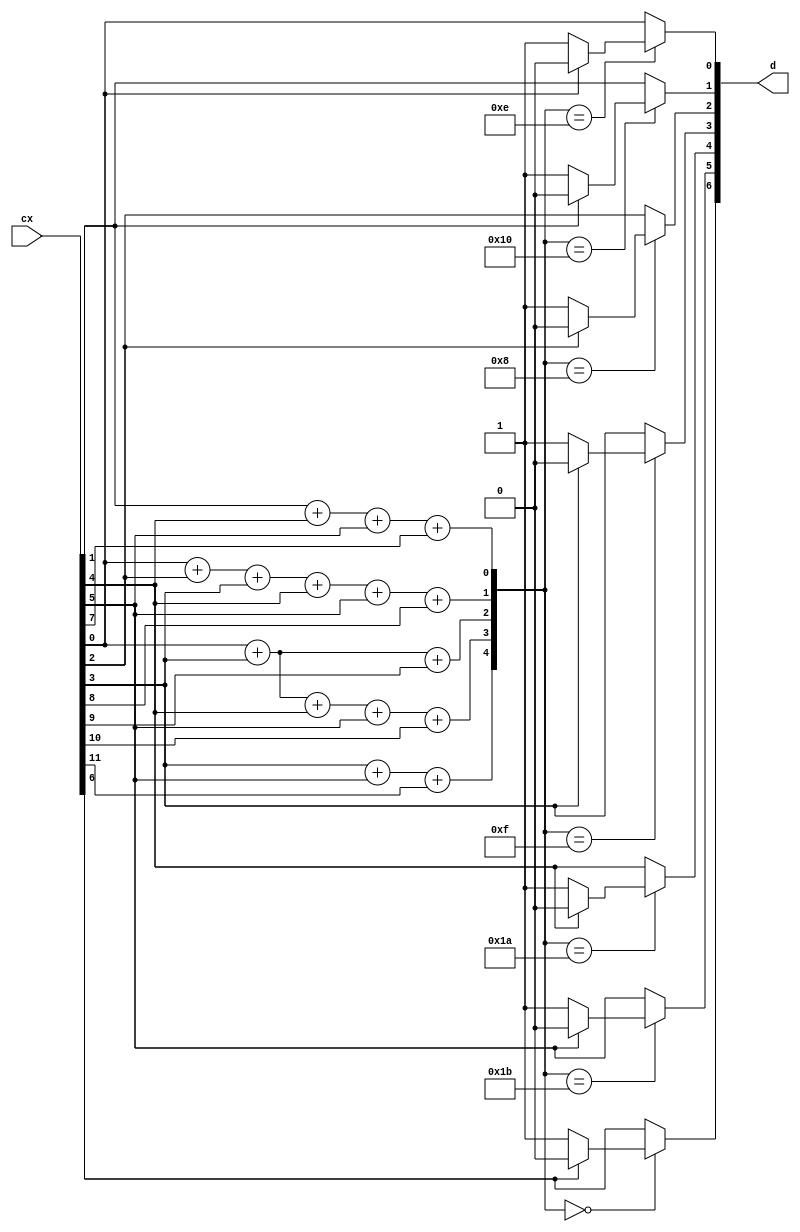
module decoder (cx,d);
	output [6:0] d;

	input [11:0] cx;

	reg [6:0] d;
	reg [4:0] s;
	reg [11:0] cx1;


	parameter s0 = 5'b01110;
	parameter s1 = 5'b10000;
	parameter s2 = 5'b01000;
	parameter s3 = 5'b01111;
	parameter s4 = 5'b11010;
	parameter s5 = 5'b11011;
	parameter s6 = 5'b00000;
	parameter s7 = 5'b10000;
	parameter s8 = 5'b01000;
	parameter s9 = 5'b00100;
	parameter s10 = 5'b00010;
	parameter s11 = 5'b00001;


	always @(cx)
	begin
		cx1[0] = cx[0];
		cx1[1] = cx[1];
		cx1[2] = cx[2];
		cx1[3] = cx[3];
		cx1[4] = cx[4];
		cx1[5] = cx[5];
		cx1[6] = cx[6];
		cx1[7] = cx[7];
		cx1[8] = cx[8];
		cx1[9] = cx[9];
		cx1[10] = cx[10];
		cx1[11] = cx[11];
		s[0]= cx[1]+ cx[4]+ cx[5]+ cx[7];
		s[1]= cx[0]+ cx[2]+ cx[3]+ cx[4]+ cx[5]+ cx[8];
		s[2]= cx[0]+ cx[3]+ cx[9];
		s[3]= cx[0]+ cx[3]+ cx[4]+ cx[5]+ cx[10];
		s[4]= cx[3]+ cx[5]+ cx[11];



		case(s)
			s0:
				begin
					if(cx[0]==1'b0)
					begin
						cx1[0]=1'b1;
					end
					else
					begin
						cx1[0]=1'b0;
					end
				end
			s1:
				begin
					if(cx[1]==1'b0)
					begin
						cx1[1]=1'b1;
					end
					else
					begin
						cx1[1]=1'b0;
					end
				end
			s2:
				begin
					if(cx[2]==1'b0)
					begin
						cx1[2]=1'b1;
					end
					else
					begin
						cx1[2]=1'b0;
					end
				end
			s3:
				begin
					if(cx[3]==1'b0)
					begin
						cx1[3]=1'b1;
					end
					else
					begin
						cx1[3]=1'b0;
					end
				end
			s4:
				begin
					if(cx[4]==1'b0)
					begin
						cx1[4]=1'b1;
					end
					else
					begin
						cx1[4]=1'b0;
					end
				end
			s5:
				begin
					if(cx[5]==1'b0)
					begin
						cx1[5]=1'b1;
					end
					else
					begin
						cx1[5]=1'b0;
					end
				end
			s6:
				begin
					if(cx[6]==1'b0)
					begin
						cx1[6]=1'b1;
					end
					else
					begin
						cx1[6]=1'b0;
					end
				end
			s7:
				begin
					if(cx[7]==1'b0)
					begin
						cx1[7]=1'b1;
					end
					else
					begin
						cx1[7]=1'b0;
					end
				end
			s8:
				begin
					if(cx[8]==1'b0)
					begin
						cx1[8]=1'b1;
					end
					else
					begin
						cx1[8]=1'b0;
					end
				end
			s9:
				begin
					if(cx[9]==1'b0)
					begin
						cx1[9]=1'b1;
					end
					else
					begin
						cx1[9]=1'b0;
					end
				end
			s10:
				begin
					if(cx[10]==1'b0)
					begin
						cx1[10]=1'b1;
					end
					else
					begin
						cx1[10]=1'b0;
					end
				end
			default:
				begin
					if(cx[11]==1'b0)
					begin
						cx1[11]=1'b0;
					end
					else
					begin
						cx1[11]=1'b1;
					end
				end
		endcase
		d[0] = cx1[0];
		d[1] = cx1[1];
		d[2] = cx1[2];
		d[3] = cx1[3];
		d[4] = cx1[4];
		d[5] = cx1[5];
		d[6] = cx1[6];
	end
endmodule